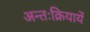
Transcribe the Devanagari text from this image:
अन्तःक्रियायें